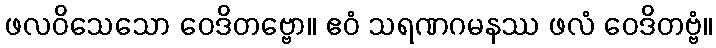
ဖလဝိသေသော ဝေဒိတဗ္ဗော။ ဧဝံ သရဏဂမနဿ ဖလံ ဝေဒိတဗ္ဗံ။